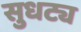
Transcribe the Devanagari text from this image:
सुधट्य